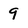
Character: 9